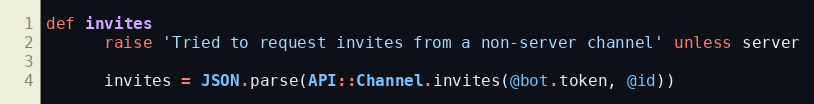
Language: Ruby
def invites
      raise 'Tried to request invites from a non-server channel' unless server

      invites = JSON.parse(API::Channel.invites(@bot.token, @id))